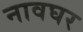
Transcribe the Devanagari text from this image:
नावघर